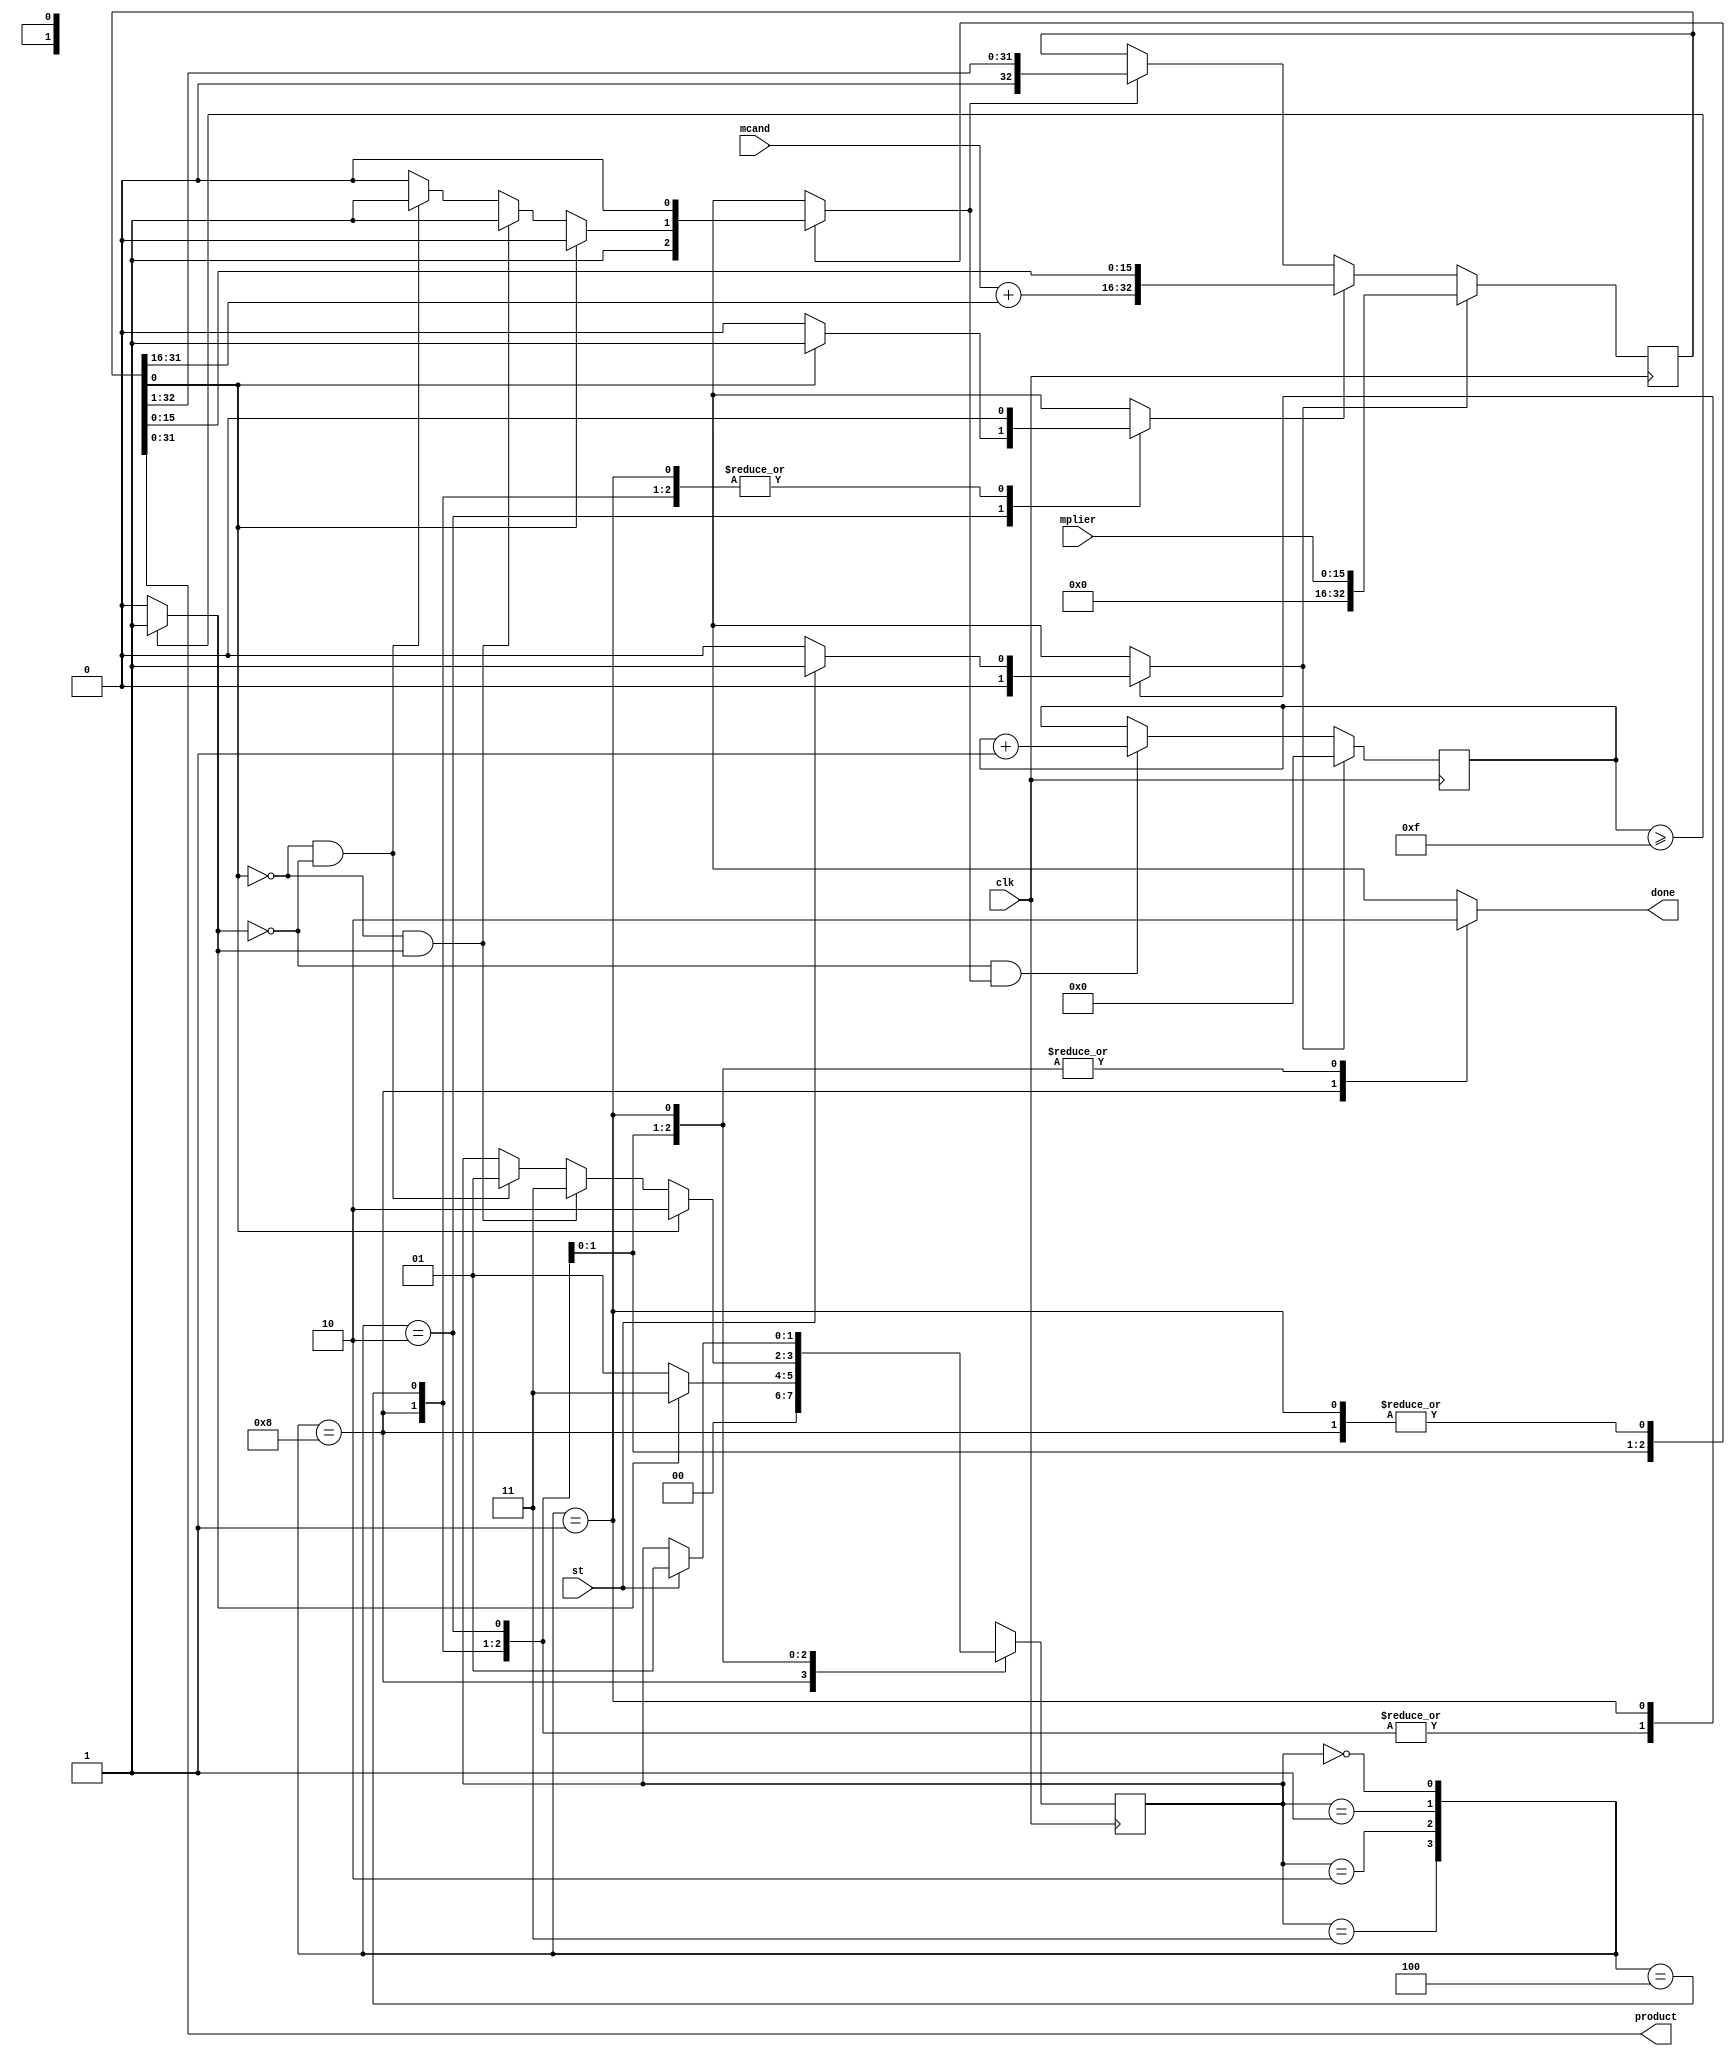
module mult_sec_16x16
  (input  clk,
   input  st,
   input  [15:0] mplier,
   input  [15:0] mcand,
   output done,
   output [31:0] product);
  wire [1:0] estado_act;
  wire [1:0] estado_sig;
  wire [32:0] acu_act;
  wire [32:0] acu_sig;
  wire load;
  wire ad;
  wire sh;
  wire [16:0] suma;
  wire [15:0] acu_suma;
  wire [4:0] contador_act;
  wire [4:0] contador_sig;
  wire k;
  wire m;
  wire n2_o;
  wire [15:0] n3_o;
  wire [31:0] n4_o;
  wire [16:0] n6_o;
  wire [16:0] n8_o;
  wire [16:0] n9_o;
  wire [1:0] n20_o;
  wire n23_o;
  wire n25_o;
  wire n26_o;
  wire n27_o;
  wire n28_o;
  wire n29_o;
  wire n30_o;
  wire [1:0] n32_o;
  wire n35_o;
  wire [1:0] n37_o;
  wire n39_o;
  wire [1:0] n41_o;
  wire n44_o;
  wire n46_o;
  wire n48_o;
  wire n49_o;
  wire [1:0] n51_o;
  wire n54_o;
  wire [1:0] n56_o;
  wire n58_o;
  wire n60_o;
  wire n62_o;
  wire [3:0] n63_o;
  reg n67_o;
  reg [1:0] n71_o;
  reg n74_o;
  reg n78_o;
  reg n82_o;
  localparam [32:0] n87_o = 33'b000000000000000000000000000000000;
  wire [16:0] n88_o;
  wire [15:0] n89_o;
  wire [32:0] n90_o;
  wire [31:0] n91_o;
  wire [32:0] n93_o;
  wire [32:0] n94_o;
  wire [32:0] n95_o;
  wire [32:0] n96_o;
  wire [32:0] n97_o;
  wire [4:0] n100_o;
  wire [31:0] n101_o;
  wire [31:0] n103_o;
  wire [4:0] n104_o;
  wire n105_o;
  wire n106_o;
  wire [4:0] n107_o;
  wire [31:0] n109_o;
  wire n111_o;
  wire n112_o;
  reg [1:0] n114_q;
  reg [32:0] n115_q;
  reg [4:0] n116_q;
  assign done = n67_o;
  assign product = n4_o;
  /* src/multiplicadorNxN.vhd:19:10  */
  assign estado_act = n114_q; // (signal)
  /* src/multiplicadorNxN.vhd:19:22  */
  assign estado_sig = n71_o; // (signal)
  /* src/multiplicadorNxN.vhd:20:10  */
  assign acu_act = n115_q; // (signal)
  /* src/multiplicadorNxN.vhd:20:19  */
  assign acu_sig = n97_o; // (signal)
  /* src/multiplicadorNxN.vhd:21:10  */
  assign load = n74_o; // (signal)
  /* src/multiplicadorNxN.vhd:21:16  */
  assign ad = n78_o; // (signal)
  /* src/multiplicadorNxN.vhd:21:20  */
  assign sh = n82_o; // (signal)
  /* src/multiplicadorNxN.vhd:22:10  */
  assign suma = n9_o; // (signal)
  /* src/multiplicadorNxN.vhd:25:10  */
  assign acu_suma = n3_o; // (signal)
  /* src/multiplicadorNxN.vhd:26:10  */
  assign contador_act = n116_q; // (signal)
  /* src/multiplicadorNxN.vhd:26:24  */
  assign contador_sig = n100_o; // (signal)
  /* src/multiplicadorNxN.vhd:27:10  */
  assign k = n112_o; // (signal)
  /* src/multiplicadorNxN.vhd:28:10  */
  assign m = n2_o; // (signal)
  /* src/multiplicadorNxN.vhd:30:15  */
  assign n2_o = acu_act[0];
  /* src/multiplicadorNxN.vhd:31:22  */
  assign n3_o = acu_act[31:16];
  /* src/multiplicadorNxN.vhd:34:21  */
  assign n4_o = acu_act[31:0];
  /* src/multiplicadorNxN.vhd:37:33  */
  assign n6_o = {1'b0, mcand};
  /* src/multiplicadorNxN.vhd:37:59  */
  assign n8_o = {1'b0, acu_suma};
  /* src/multiplicadorNxN.vhd:37:52  */
  assign n9_o = n6_o + n8_o;
  /* src/multiplicadorNxN.vhd:60:25  */
  assign n20_o = st ? 2'b01 : estado_act;
  /* src/multiplicadorNxN.vhd:60:25  */
  assign n23_o = st ? 1'b1 : 1'b0;
  /* src/multiplicadorNxN.vhd:59:9  */
  assign n25_o = estado_act == 2'b00;
  /* src/multiplicadorNxN.vhd:68:50  */
  assign n26_o = ~m;
  /* src/multiplicadorNxN.vhd:68:45  */
  assign n27_o = n26_o & k;
  /* src/multiplicadorNxN.vhd:71:40  */
  assign n28_o = ~k;
  /* src/multiplicadorNxN.vhd:71:50  */
  assign n29_o = ~m;
  /* src/multiplicadorNxN.vhd:71:45  */
  assign n30_o = n29_o & n28_o;
  /* src/multiplicadorNxN.vhd:71:33  */
  assign n32_o = n30_o ? 2'b01 : estado_act;
  /* src/multiplicadorNxN.vhd:71:33  */
  assign n35_o = n30_o ? 1'b1 : 1'b0;
  /* src/multiplicadorNxN.vhd:68:33  */
  assign n37_o = n27_o ? 2'b11 : n32_o;
  /* src/multiplicadorNxN.vhd:68:33  */
  assign n39_o = n27_o ? 1'b1 : n35_o;
  /* src/multiplicadorNxN.vhd:65:25  */
  assign n41_o = m ? 2'b10 : n37_o;
  /* src/multiplicadorNxN.vhd:65:25  */
  assign n44_o = m ? 1'b1 : 1'b0;
  /* src/multiplicadorNxN.vhd:65:25  */
  assign n46_o = m ? 1'b0 : n39_o;
  /* src/multiplicadorNxN.vhd:64:9  */
  assign n48_o = estado_act == 2'b01;
  /* src/multiplicadorNxN.vhd:79:32  */
  assign n49_o = ~k;
  /* src/multiplicadorNxN.vhd:79:25  */
  assign n51_o = n49_o ? 2'b01 : estado_act;
  /* src/multiplicadorNxN.vhd:79:25  */
  assign n54_o = n49_o ? 1'b1 : 1'b0;
  /* src/multiplicadorNxN.vhd:76:25  */
  assign n56_o = k ? 2'b11 : n51_o;
  /* src/multiplicadorNxN.vhd:76:25  */
  assign n58_o = k ? 1'b1 : n54_o;
  /* src/multiplicadorNxN.vhd:75:17  */
  assign n60_o = estado_act == 2'b10;
  /* src/multiplicadorNxN.vhd:83:17  */
  assign n62_o = estado_act == 2'b11;
  assign n63_o = {n62_o, n60_o, n48_o, n25_o};
  /* src/multiplicadorNxN.vhd:58:7  */
  always @*
    case (n63_o)
      4'b1000: n67_o = 1'b1;
      4'b0100: n67_o = 1'b0;
      4'b0010: n67_o = 1'b0;
      4'b0001: n67_o = 1'b0;
      default: n67_o = 1'bX;
    endcase
  /* src/multiplicadorNxN.vhd:58:7  */
  always @*
    case (n63_o)
      4'b1000: n71_o = 2'b00;
      4'b0100: n71_o = n56_o;
      4'b0010: n71_o = n41_o;
      4'b0001: n71_o = n20_o;
      default: n71_o = 2'bX;
    endcase
  /* src/multiplicadorNxN.vhd:58:7  */
  always @*
    case (n63_o)
      4'b1000: n74_o = 1'b0;
      4'b0100: n74_o = 1'b0;
      4'b0010: n74_o = 1'b0;
      4'b0001: n74_o = n23_o;
      default: n74_o = 1'bX;
    endcase
  /* src/multiplicadorNxN.vhd:58:7  */
  always @*
    case (n63_o)
      4'b1000: n78_o = 1'b0;
      4'b0100: n78_o = 1'b0;
      4'b0010: n78_o = n44_o;
      4'b0001: n78_o = 1'b0;
      default: n78_o = 1'bX;
    endcase
  /* src/multiplicadorNxN.vhd:58:7  */
  always @*
    case (n63_o)
      4'b1000: n82_o = 1'b0;
      4'b0100: n82_o = n58_o;
      4'b0010: n82_o = n46_o;
      4'b0001: n82_o = 1'b0;
      default: n82_o = 1'bX;
    endcase
  assign n88_o = n87_o[32:16];
  /* src/multiplicadorNxN.vhd:97:32  */
  assign n89_o = acu_act[15:0];
  /* src/multiplicadorNxN.vhd:97:23  */
  assign n90_o = {suma, n89_o};
  /* src/multiplicadorNxN.vhd:100:31  */
  assign n91_o = acu_act[32:1];
  /* src/multiplicadorNxN.vhd:100:22  */
  assign n93_o = {1'b0, n91_o};
  /* src/multiplicadorNxN.vhd:98:5  */
  assign n94_o = sh ? n93_o : acu_act;
  /* src/multiplicadorNxN.vhd:95:5  */
  assign n95_o = ad ? n90_o : n94_o;
  assign n96_o = {n88_o, mplier};
  /* src/multiplicadorNxN.vhd:92:5  */
  assign n97_o = load ? n96_o : n95_o;
  /* src/multiplicadorNxN.vhd:122:65  */
  assign n100_o = load ? 5'b00000 : n107_o;
  /* src/multiplicadorNxN.vhd:123:55  */
  assign n101_o = {27'b0, contador_act};  //  uext
  /* src/multiplicadorNxN.vhd:123:55  */
  assign n103_o = n101_o + 32'b00000000000000000000000000000001;
  /* src/multiplicadorNxN.vhd:123:41  */
  assign n104_o = n103_o[4:0];  // trunc
  /* src/multiplicadorNxN.vhd:123:83  */
  assign n105_o = ~k;
  /* src/multiplicadorNxN.vhd:123:78  */
  assign n106_o = n105_o & sh;
  /* src/multiplicadorNxN.vhd:122:79  */
  assign n107_o = n106_o ? n104_o : contador_act;
  /* src/multiplicadorNxN.vhd:126:29  */
  assign n109_o = {27'b0, contador_act};  //  uext
  /* src/multiplicadorNxN.vhd:126:29  */
  assign n111_o = $signed(n109_o) >= $signed(32'b00000000000000000000000000001111);
  /* src/multiplicadorNxN.vhd:126:12  */
  assign n112_o = n111_o ? 1'b1 : 1'b0;
  /* src/multiplicadorNxN.vhd:42:5  */
  always @(posedge clk)
    n114_q <= estado_sig;
  /* src/multiplicadorNxN.vhd:42:5  */
  always @(posedge clk)
    n115_q <= acu_sig;
  /* src/multiplicadorNxN.vhd:42:5  */
  always @(posedge clk)
    n116_q <= contador_sig;
endmodule